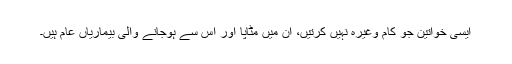
ایسی خواتین جو کام وغیرہ نہیں کرتیں، ان میں مٹاپا اور اس سے ہوجانے والی بیماریاں عام ہیں۔